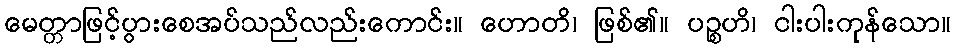
မေတ္တာဖြင့်ပွားစေအပ်သည်လည်းကောင်း။ ဟောတိ၊ ဖြစ်၏။ ပဉ္စဟိ၊ ငါးပါးကုန်သော။